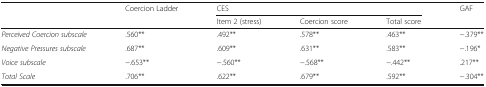
<table><thead><tr><td></td><td><b>Coercion Ladder</b></td><td colspan="3"><b>CES</b></td><td><b>GAF</b></td></tr><tr><td></td><td></td><td><b>Item 2 (stress)</b></td><td><b>Coercion score</b></td><td><b>Total score</b></td><td></td></tr></thead><tbody><tr><td><i>Perceived Coercion subscale</i></td><td>.560**</td><td>.492**</td><td>.578**</td><td>.463**</td><td>−.379**</td></tr><tr><td><i>Negative Pressures subscale</i></td><td>.687**</td><td>.609**</td><td>.631**</td><td>.583**</td><td>−.196*</td></tr><tr><td><i>Voice subscale</i></td><td>−.653**</td><td>−.560**</td><td>−.568**</td><td>−.442**</td><td>.217**</td></tr><tr><td><i>Total Scale</i></td><td>.706**</td><td>.622**</td><td>.679**</td><td>.592**</td><td>−.304**</td></tr></tbody></table>